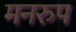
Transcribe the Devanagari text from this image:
मनरुप